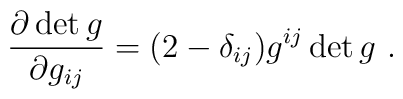
\frac{\partial  \det g}{\partial g_{ij}} = (2-\delta_{ij})g^{ij} \det g\ .